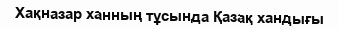
Хақназар ханның тұсында Қазақ хандығы